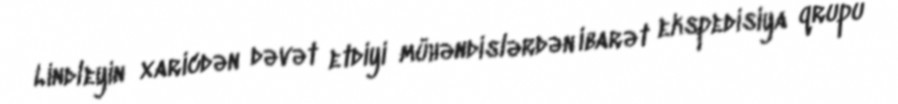
Lindleyin xaricdən dəvət etdiyi mühəndislərdən ibarət ekspedisiya qrupu